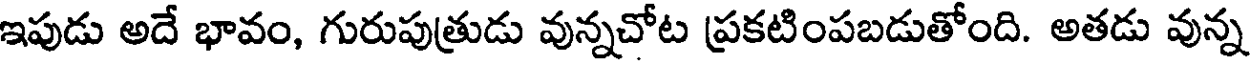
ఇపుడు అదే భావం, గురుపుత్రుడు వున్నచోట ప్రకటింపబడుతోంది. అతడు వున్న